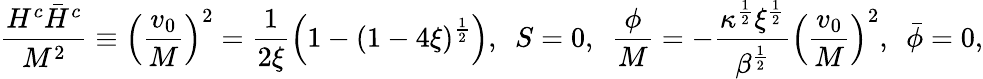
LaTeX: \frac{H^{c}\bar{H}^{c}}{M^{2}}\equiv\left(\frac{v_{0}}{M}\right)^{2}=\frac{1}{2\xi}\left(1-(1-4\xi)^{\frac{1}{2}}\right),~~S=0,~~\frac{\phi}{M}=-\frac{\kappa^{\frac{1}{2}}\xi^{\frac{1}{2}}}{\beta^{\frac{1}{2}}}\left(\frac{v_{0}}{M}\right)^{2},~~\bar{\phi}=0,